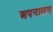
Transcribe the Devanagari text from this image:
अपनालय